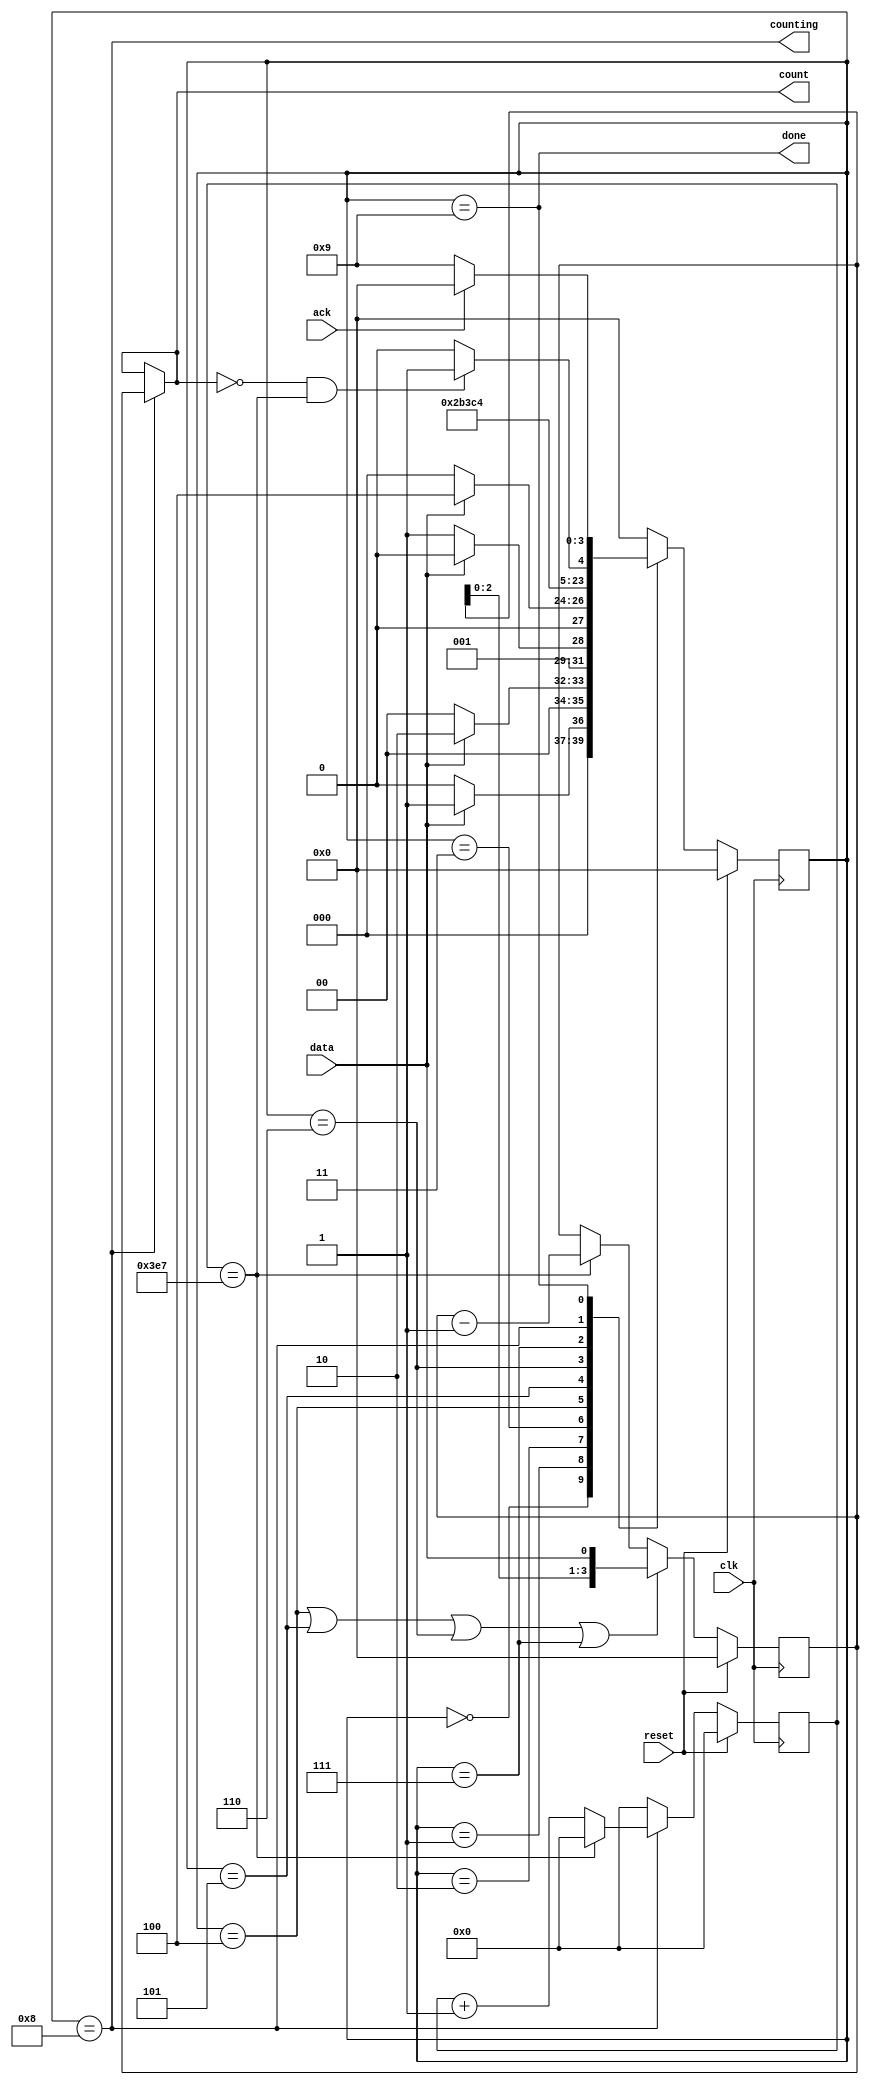
module top_module (
    input clk,
    input reset,      // Synchronous reset
    input data,
    output [3:0] count,
    output counting,
    output done,
    input ack );
    parameter s0=0, s1=1, s2=2, s3=3, b0=4, b1=5, b2=6, b3=7, count_repeat=8, count_wait=9;
    reg [3:0] state, next_state;
    reg [12:0] i;
    reg delay_stop;
    reg [3:0] delay;
    reg [9:0] cnt_1k;
    always @ (posedge clk)
        begin
            if(reset)
                state <= s0;
            else
                state <= next_state;
        end
    always @ (*) begin
        case (state)
            s0: next_state = data? s1: s0;
            s1: next_state = data? s2: s0;
            s2: next_state = data? s2: s3;
            s3: next_state = data? b0: s0;
            b0: next_state = b1;
            b1: next_state = b2;
            b2: next_state = b3;
            b3: next_state = count_repeat;
            count_repeat: next_state = delay_stop? count_wait: count_repeat;
            count_wait: next_state = ack? s0: count_wait;
            default: next_state = s0;
        endcase
    end
    
    assign count[3:0] = state == count_repeat? delay[3:0] : count[3:0];
    assign counting = state == count_repeat;
    assign done = state == count_wait;
    assign delay_stop = count == 0 && cnt_1k == 999;
   
    
    always @ (posedge clk) begin
        if(reset)
            delay[3:0] <= 4'b0000;
        else if (state == b0|state==b1|state==b2|state==b3)
            delay[3:0] <= {delay[2:0],data};
        else if (cnt_1k == 999)
            delay <= delay-1;
    end
    
    
    always @ (posedge clk) begin
        if(reset)begin
            cnt_1k <= 0;
        end
        else if (state == count_repeat)begin
            if (cnt_1k == 999)
                cnt_1k <= 0;
            else
                cnt_1k <= cnt_1k+1;            
        end
        else 
            cnt_1k <=0;
    end

endmodule